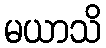
မယာသိ